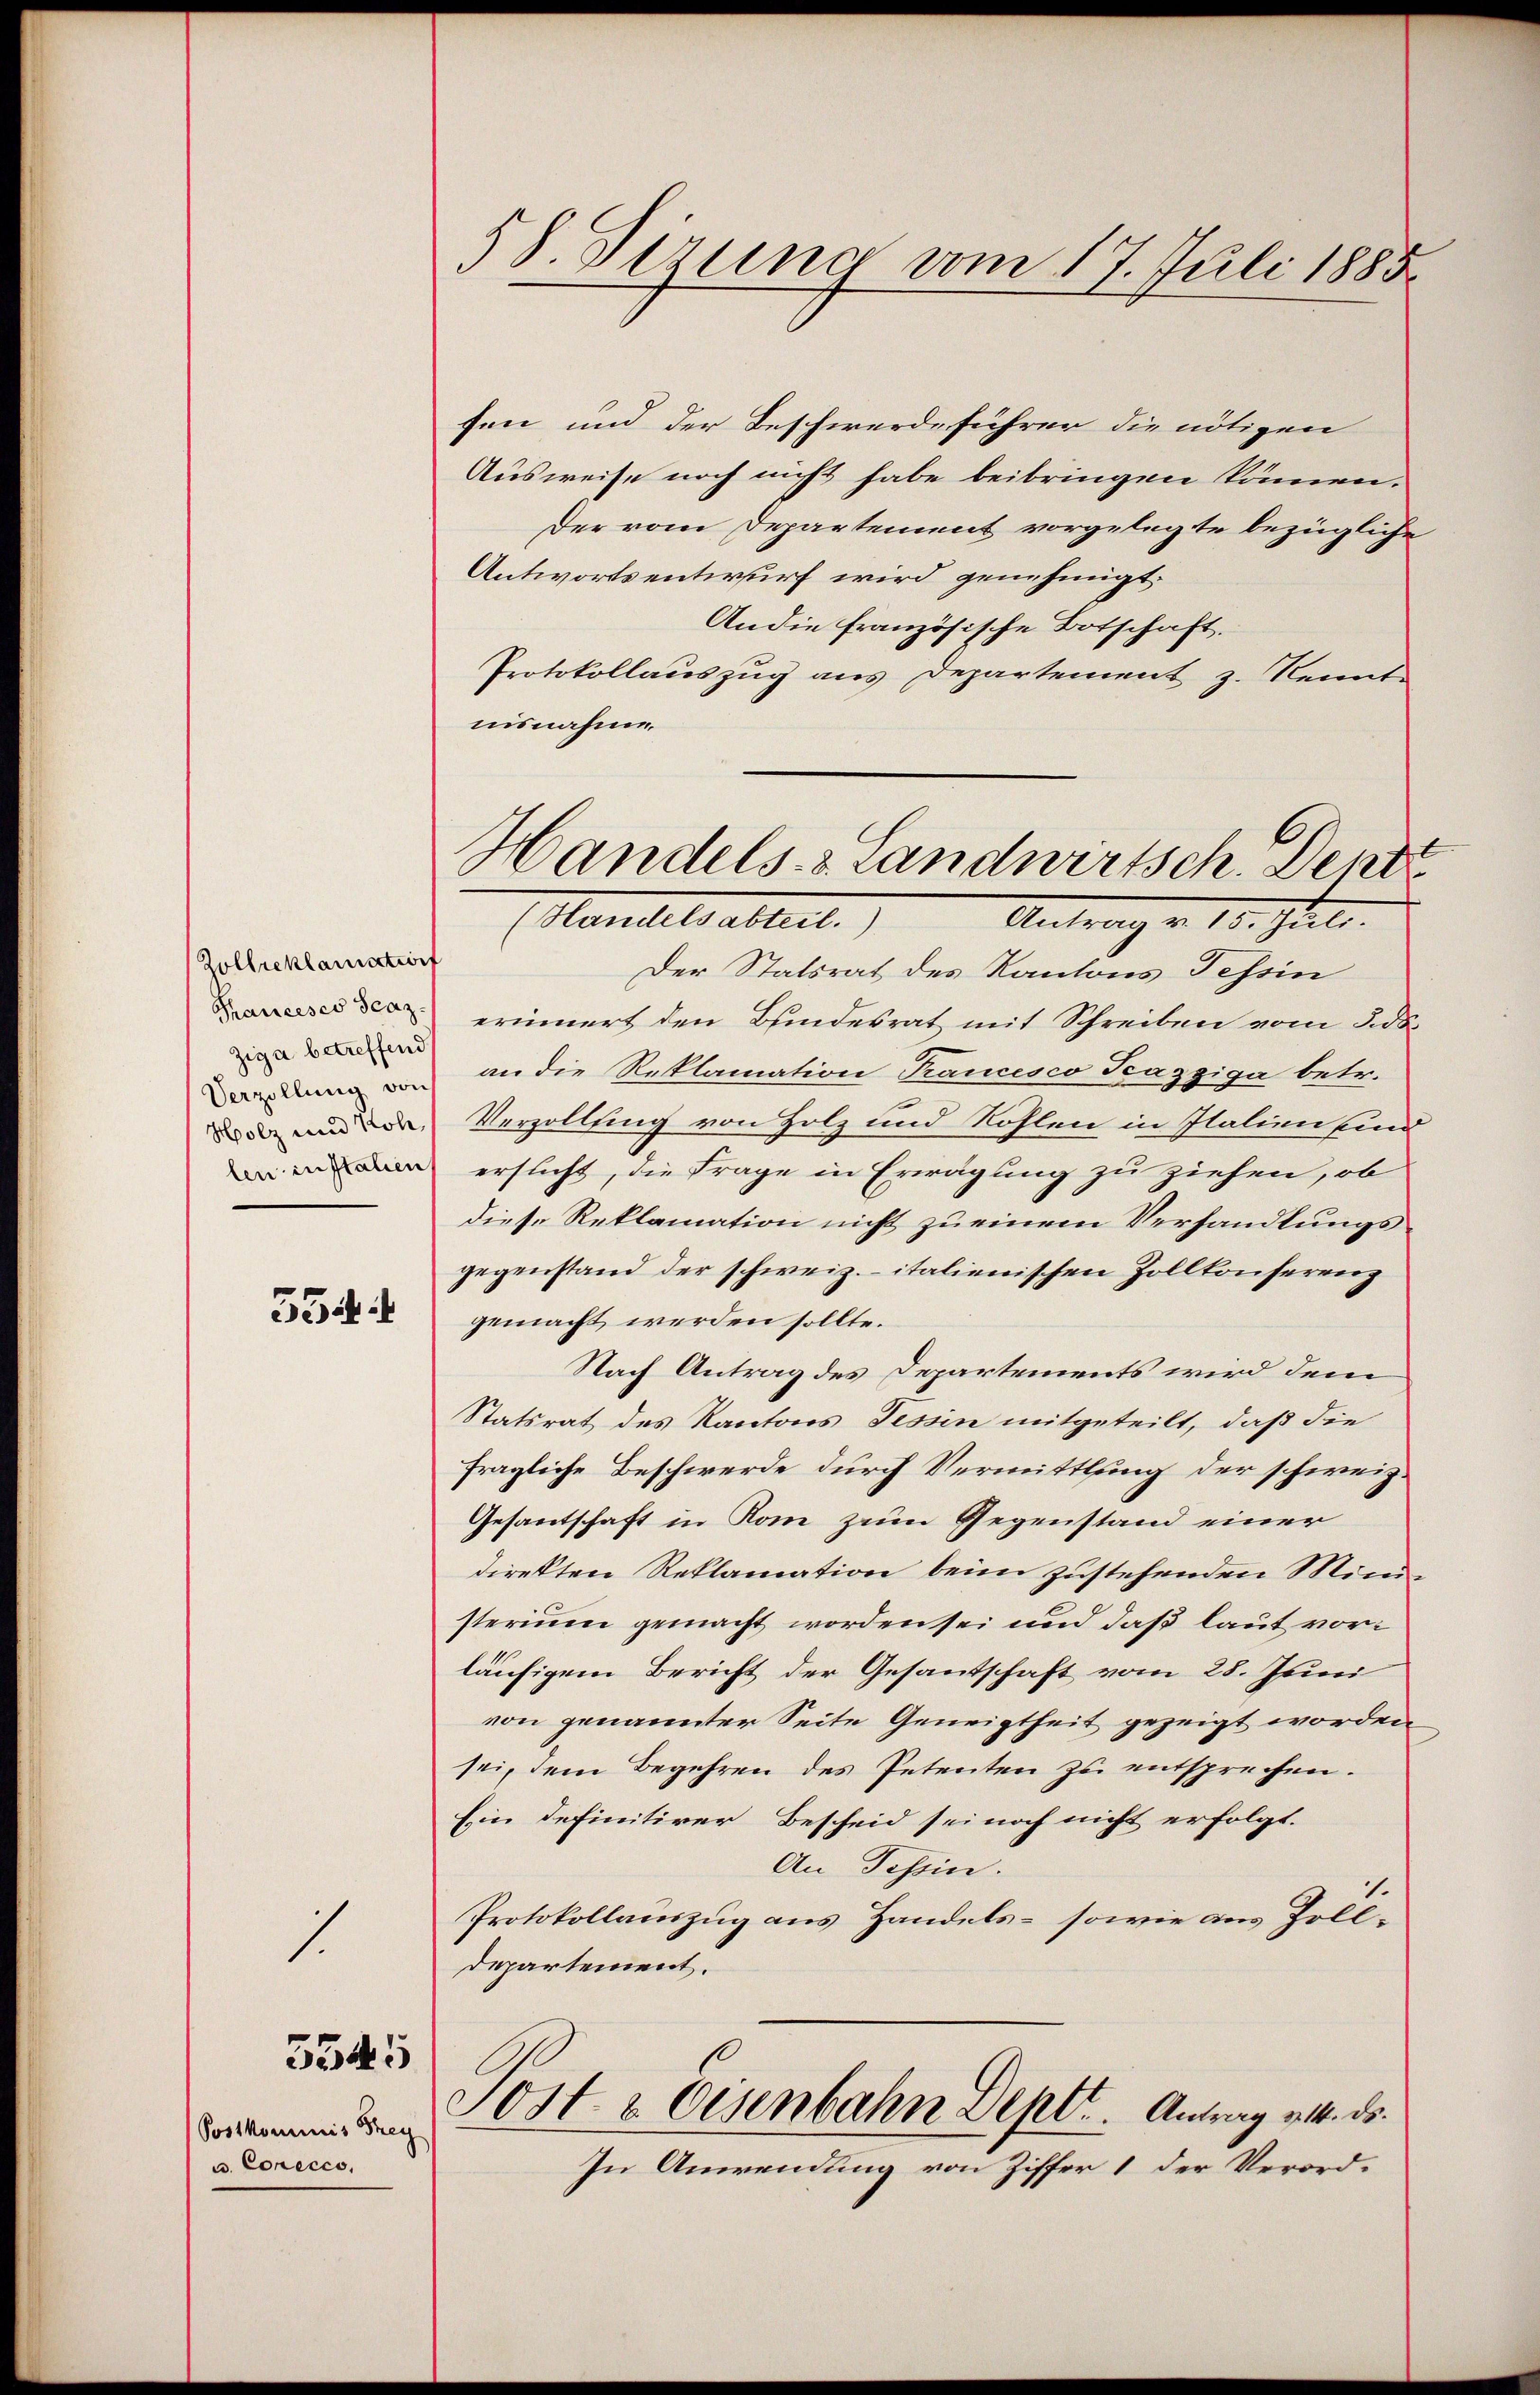
Zollreklamation
Tancesco Scaz
ziga betreffend
Verzöllung von
Holz und Koh
len instatien
554.

1

Postkommis Frey
u. Conccco,

3545

58. Sezung vom 17. Juli 1885.

Handels- & Landwirtsch. Dentz
(Handelsabteil.)
Antrag v. 18. Juli.

fen und der Beschwerdeführer die nötigen
Ausweise noch nicht habe beibringen können.
Der vom Departement vorgelegte bezügliche
Antwortsentwurf wird genehmigt.
An die französische Botschaft.
Protokollauszug aus Departement z. Kenntnisnahme.
Der Statsrat des Kantons Tessin
erinnert den Bundesrat mit Schreiben vom 5. d.
an die Reklamation Trancesco Tcazziga betr.
Verzollung von Holz und Röhlen in Italien sind
ersucht, die Frage in Erwägung zu ziehen, ob
diese Reklamation nicht zu einem Verhandlungs-
gegenstand der schweiz. italienischen Zollkonserenz
gemacht werden sollte.
Nach Antrag des Departements wird dem
Statsrat des Kantons Tessin mitgeteilt, daß die
fragliche Beschwerde durch Vermittlung der schweiz.
Gesantschaft in Rom zum Gegenstand einer
direkten Reklamation beim zustehenden Mini
sterium gemacht worden sei und daß laut vorläufigem Bericht der Gesantschaft vom 28. Juni
von genannter Seite Geneigtheit gezeigt worden
sei, dem Begehren des Petenten zu entsprechen.
Ein definitiver Bescheid sei noch nicht erfolgt.
An Tessin.
Protokollauszug aus Handels- sowie aus Zolldepartement.
Sost & Eisenbahn Dept. Antrag v. 4. ds.
In Anwendung von Ziffer 1 der Verord¬